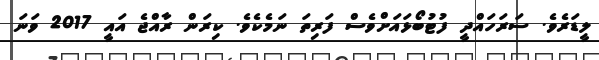
ލީޑަރެވެ. ސަރަހައްދީ ފުޓުބޯޅައަށްވެސް ފަރިތަ ނަމެކެވެ. ކިރަން ރާއްޖެ އައީ 2017 ވަނަ